Lunatic asylums Bombay report 1891-1903 - 1891-1903
Year: 1891
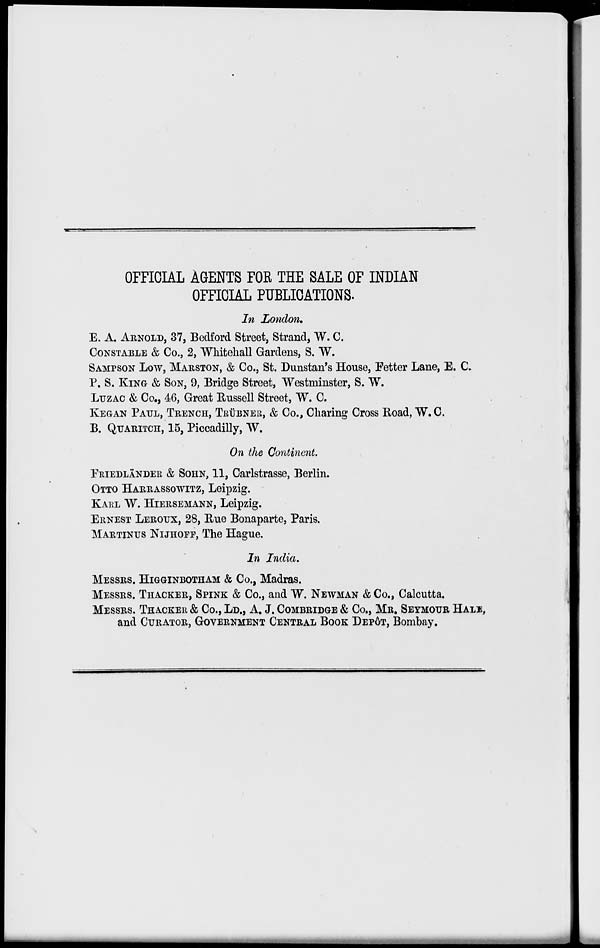
OFFICIAL AGENTS FOR THE SALE OF INDIAN
OFFICIAL PUBLICATIONS.
In London.
E. A. ARNOLD, 37, Bedford Street, Strand, W. C.
CONSTABLE & Co., 2, Whitehall Gardens, S. W.
SAMPSON LOW, MARSTON, & Co., St. Dunstan's House, Fetter Lane, E. C.
P. S. KING & SON, 9, Bridge Street, Westminster, S. W.
LUZAC & Co., 46, Great Russell Street, W. C.
KEGAN PAUL, TRENCH, TRUBNER, & Co., Charing Cross Road, W.C.
B. QUARITCH, 15, Piccadilly, W.
On the Continent.
PRIEDLÄNDER & SOHN, 11, Carlstrasse, Berlin.
OTTO HARRASSOWITZ, Leipzig.
KARL W. HIERSEMANN, Leipzig.
ERNEST LEROUX, 28, Rue Bonaparte, Paris.
MARTINUS NIJHOFF, The Hague.
In India.
MESSERS. HIGGINBOTHAM & Co., Madras.
MESSRS. THACKER, SPINK & Co., and W. NEWMAN & Co., Calcutta.
MESSRS. THACKER & Co., LD., A. J. COMBRIDGE & Co., MR. SEYMOUR HALE,
and CURATOR, GOVERNMENT CENTRAL BOOK DEPÔT, Bombay.